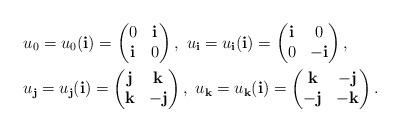
LaTeX: \begin{align*}&u_{0}=u_{0}({\bf i})=\begin{pmatrix}0&{\bf i}\\{\bf i}&0\end{pmatrix},~u_{\bf i}=u_{\bf i}({\bf i})=\begin{pmatrix}{\bf i}&0\\0&-{\bf i}\end{pmatrix},\\&u_{\bf j}=u_{\bf j}({\bf i})=\begin{pmatrix}{\bf j}&{\bf k}\\{\bf k}&-{\bf j}\end{pmatrix}, ~u_{\bf k}=u_{\bf k}({\bf i})=\begin{pmatrix}{\bf k}&-{\bf j}\\-{\bf j}&-{\bf k}\end{pmatrix}.\end{align*}